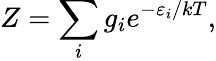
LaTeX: Z=\sum_{i}g_{i}e^{-\varepsilon_{i}/kT},